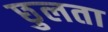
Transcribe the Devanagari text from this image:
छुलता